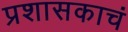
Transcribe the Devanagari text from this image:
प्रशासकाचं